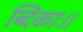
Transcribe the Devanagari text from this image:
ब्दिकाः।।